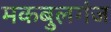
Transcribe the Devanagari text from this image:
मकबुलगंज